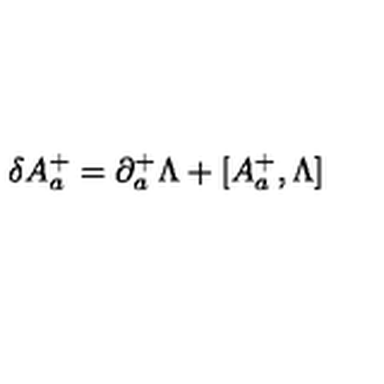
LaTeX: \delta A _ { a } ^ { + } = \partial _ { a } ^ { + } \Lambda + [ A _ { a } ^ { + } , \Lambda ]